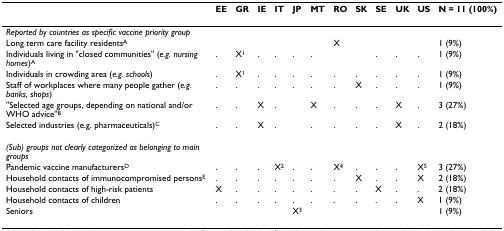
<table><thead><tr><td></td><td><b>EE</b></td><td><b>GR</b></td><td><b>IE</b></td><td><b>IT</b></td><td><b>JP</b></td><td><b>MT</b></td><td><b>RO</b></td><td><b>SK</b></td><td><b>SE</b></td><td><b>UK</b></td><td><b>US</b></td><td><b>N = 11 (100%)</b></td></tr></thead><tbody><tr><td><i>Reported by countries as specific vaccine priority group</i></td><td></td><td></td><td></td><td></td><td></td><td></td><td></td><td></td><td></td><td></td><td></td><td></td></tr><tr><td>Long term care facility residents<sup>A</sup></td><td></td><td></td><td></td><td></td><td></td><td></td><td>X</td><td></td><td></td><td></td><td></td><td>1 (9%)</td></tr><tr><td>Individuals living in &quot;closed communities&quot; (<i>e.g. nursing homes</i>)<sup>A</sup></td><td>.</td><td>X<sup>1</sup></td><td>.</td><td>.</td><td>.</td><td>.</td><td></td><td></td><td>.</td><td>.</td><td>.</td><td>1 (9%)</td></tr><tr><td>Individuals in crowding area (<i>e.g. schools</i>)</td><td>.</td><td>X<sup>1</sup></td><td>.</td><td>.</td><td>.</td><td>.</td><td>.</td><td>.</td><td>.</td><td>.</td><td>.</td><td>1 (9%)</td></tr><tr><td>Staff of workplaces where many people gather (<i>e.g. banks, shops</i>)</td><td>.</td><td>.</td><td>.</td><td>.</td><td>.</td><td>.</td><td>.</td><td>X</td><td>.</td><td>.</td><td>.</td><td>1 (9%)</td></tr><tr><td>&quot;Selected age groups, depending on national and/or WHO advice&quot;<sup>B</sup></td><td>.</td><td>.</td><td>X</td><td>.</td><td></td><td>X</td><td>.</td><td>.</td><td>.</td><td>X</td><td>.</td><td>3 (27%)</td></tr><tr><td>Selected industries (e.g. pharmaceuticals)<sup>C</sup></td><td>.</td><td>.</td><td>X</td><td>.</td><td></td><td>.</td><td>.</td><td>.</td><td>.</td><td>X</td><td>.</td><td>2 (18%)</td></tr><tr><td><i>(Sub) groups not clearly categorized as belonging to main groups</i></td><td></td><td></td><td></td><td></td><td></td><td></td><td></td><td></td><td></td><td></td><td></td><td></td></tr><tr><td>Pandemic vaccine manufacturers<sup>D</sup></td><td>.</td><td>.</td><td>.</td><td>X<sup>2</sup></td><td>.</td><td>.</td><td>X<sup>4</sup></td><td>.</td><td>.</td><td>.</td><td>X<sup>5</sup></td><td>3 (27%)</td></tr><tr><td>Household contacts of immunocompromised persons<sup>E</sup></td><td>.</td><td>.</td><td>.</td><td>.</td><td>.</td><td>.</td><td>.</td><td>X</td><td>.</td><td>.</td><td>X</td><td>2 (18%)</td></tr><tr><td>Household contacts of high-risk patients</td><td>X</td><td>.</td><td>.</td><td>.</td><td>.</td><td>.</td><td>.</td><td>.</td><td>X</td><td>.</td><td>.</td><td>2 (18%)</td></tr><tr><td>Household contacts of children</td><td>.</td><td>.</td><td>.</td><td>.</td><td>.</td><td>.</td><td>.</td><td>.</td><td>.</td><td>.</td><td>X</td><td>1 (9%)</td></tr><tr><td>Seniors</td><td></td><td></td><td></td><td></td><td>X<sup>3</sup></td><td></td><td></td><td></td><td></td><td></td><td></td><td>1 (9%)</td></tr></tbody></table>